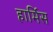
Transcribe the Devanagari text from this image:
हार्मिस